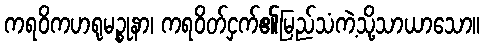
ကရဝိကဟရုမဉ္စုနာ၊ ကရဝိတ်ငှက်၏မြည်သံကဲ့သို့သာယာသော။